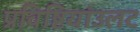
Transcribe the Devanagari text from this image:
प्रविष्टियांउलट